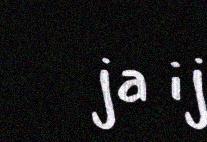
ja ij